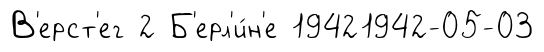
В'ерст'ег 2 Б'ерл'и́н'е 19421942-05-03